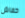
خفاش